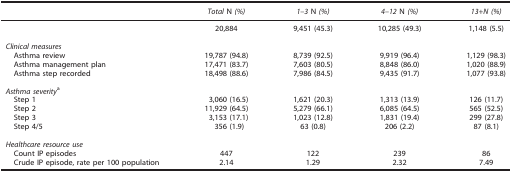
<table><thead><tr><td><b> </b></td><td><b><i>Total</i> N <i>(%)</i></b></td><td><b><i>1–3</i> N <i>(%)</i></b></td><td><b><i>4–12</i> N <i>(%)</i></b></td><td><b><i>13+N (%)</i></b></td></tr></thead><tbody><tr><td> </td><td>20,884</td><td>9,451 (45.3)</td><td>10,285 (49.3)</td><td>1,148 (5.5)</td></tr><tr><td> </td><td> </td><td> </td><td> </td><td> </td></tr><tr><td colspan="5"><i>Clinical measures</i></td></tr><tr><td> Asthma review</td><td>19,787 (94.8)</td><td>8,739 (92.5)</td><td>9,919 (96.4)</td><td>1,129 (98.3)</td></tr><tr><td> Asthma management plan</td><td>17,471 (83.7)</td><td>7,603 (80.5)</td><td>8,848 (86.0)</td><td>1,020 (88.9)</td></tr><tr><td> Asthma step recorded</td><td>18,498 (88.6)</td><td>7,986 (84.5)</td><td>9,435 (91.7)</td><td>1,077 (93.8)</td></tr><tr><td> </td><td> </td><td> </td><td> </td><td> </td></tr><tr><td colspan="5"><i>Asthma severity</i>a</td></tr><tr><td> Step 1</td><td>3,060 (16.5)</td><td>1,621 (20.3)</td><td>1,313 (13.9)</td><td>126 (11.7)</td></tr><tr><td> Step 2</td><td>11,929 (64.5)</td><td>5,279 (66.1)</td><td>6,085 (64.5)</td><td>565 (52.5)</td></tr><tr><td> Step 3</td><td>3,153 (17.1)</td><td>1,023 (12.8)</td><td>1,831 (19.4)</td><td>299 (27.8)</td></tr><tr><td> Step 4/5</td><td>356 (1.9)</td><td>63 (0.8)</td><td>206 (2.2)</td><td>87 (8.1)</td></tr><tr><td> </td><td> </td><td> </td><td> </td><td> </td></tr><tr><td colspan="5"><i>Healthcare resource use</i></td></tr><tr><td> Count IP episodes</td><td>447</td><td>122</td><td>239</td><td>86</td></tr><tr><td> Crude IP episode, rate per 100 population</td><td>2.14</td><td>1.29</td><td>2.32</td><td>7.49</td></tr></tbody></table>